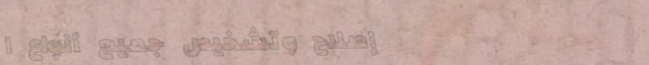
إصلاح وتشخيص جميع أنواع ا